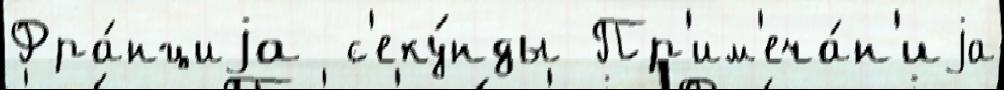
Фра́нциjа  с'еку́нды Пр'им'еча́н'иjа